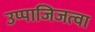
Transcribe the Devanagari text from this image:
उप्पाजिजत्वा